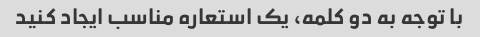
با توجه به دو کلمه، یک استعاره مناسب ایجاد کنید